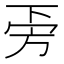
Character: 𣃟